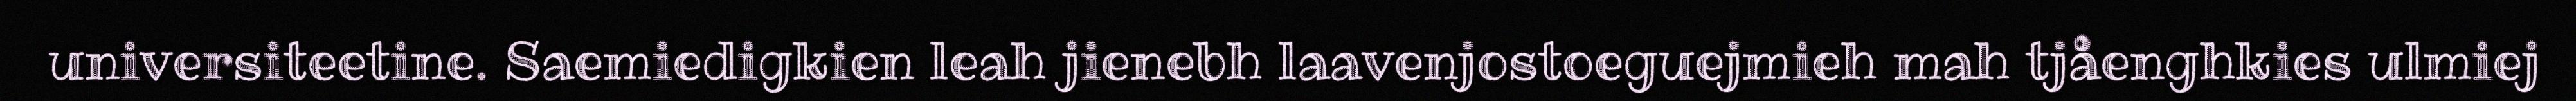
universiteetine. Saemiedigkien leah jienebh laavenjostoeguejmieh mah tjåenghkies ulmiej